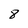
Character: 8